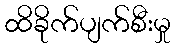
ထိခိုက်ပျက်စီးမှု